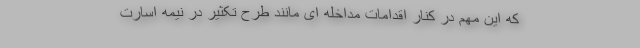
که این مهم در کنار اقدامات مداخله ای مانند طرح تکثیر در نیمه اسارت